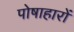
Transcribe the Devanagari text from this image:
पोषाहारों